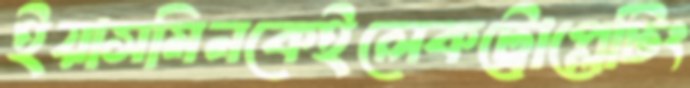
ইয়াসমিনকেইলেকট্রোপ্লেটিং